Lunatic asylums Madras 1877-1891 - 1877-1891
Year: 1877
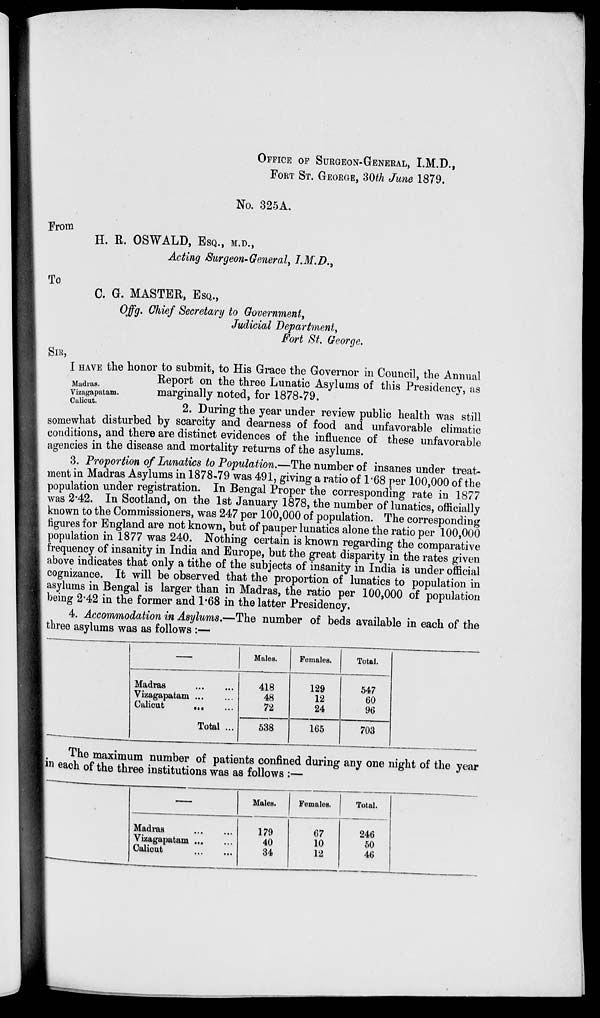
OFFICE OF SURGEON-GENERAL, I.M.D.,
FORT ST. GEORGE, 30th June 1879.
No. 325A.
From
H. R. OSWALD, ESQ., M.D.,
Acting Surgeon-General, I.M.D.,
To
C. G. MASTER, ESQ.,
Offg. Chief Secretary to Government,
Judicial Department,
Fort St. George.
SIR,
Madras.
Vizagapatam.
Calicut.
I HAVE the honor to submit, to His Grace the Governor in Council, the Annual
Report on the three Lunatic Asylums of this Presidency, as
marginally noted, for 1878-79.
2. During the year under review public health was still
somewhat disturbed by scarcity and dearness of food and unfavorable climatic
conditions, and there are distinct evidences of the influence of these unfavorable
agencies in the disease and mortality returns of the asylums.
3. Proportion of Lunatics to Population.—The number of insanes under treat-
ment in Madras Asylums in 1878-79 was 491, giving a ratio of 1.68 per 100,000 of the
population under registration. In Bengal Proper the corresponding rate in 1877
was 2.42. In Scotland, on the 1st January 1878, the number of lunatics, officially
known to the Commissioners, was 247 per 100,000 of population. The corresponding
figures for England are not known, but of pauper lunatics alone the ratio per 100,000
population in 1877 was 240. Nothing certain is known regarding the comparative
frequency of insanity in India and Europe, but the great disparity in the rates given
above indicates that only a tithe of the subjects of insanity in India is under official
cognizance. It will be observed that the proportion of lunatics to population in
asylums in Bengal is larger than in Madras, the ratio per 100,000 of population
being 2.42 in the former and 1.68 in the latter Presidency.
4. Accommodation in Asylums.—The number of beds available in each of the
three asylums was as follows :—
—
Madras
...
...
Vizagapatam ... ...
Calicut ... ...
Total ...
Males.
418
48
72
538
Females.
129
12
24
165
Total.
547
60
96
703
The maximum number of patients confined during any one night of the year
in each of the three institutions was as follows :—
—
Madras
...
...
Vizagapatam ... ...
Calicut
...
...
Males.
179
40
34
Females.
67
10
12
Total.
246
50
46